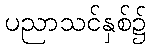
ပညာသင်နှစ်၌